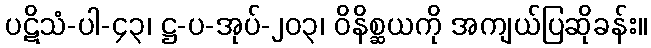
ပဋိသံ-ပါ-၄၃၊ ဋ္ဌ-ပ-အုပ်-၂၀၃၊ ဝိနိစ္ဆယကို အကျယ်ပြဆိုခန်း။